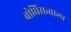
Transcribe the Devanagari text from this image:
बोधिसत्वाला